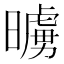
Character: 𭧷